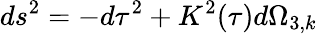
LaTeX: ds^{2}=-d\tau^{2}+K^{2}(\tau)d\Omega_{3,k}